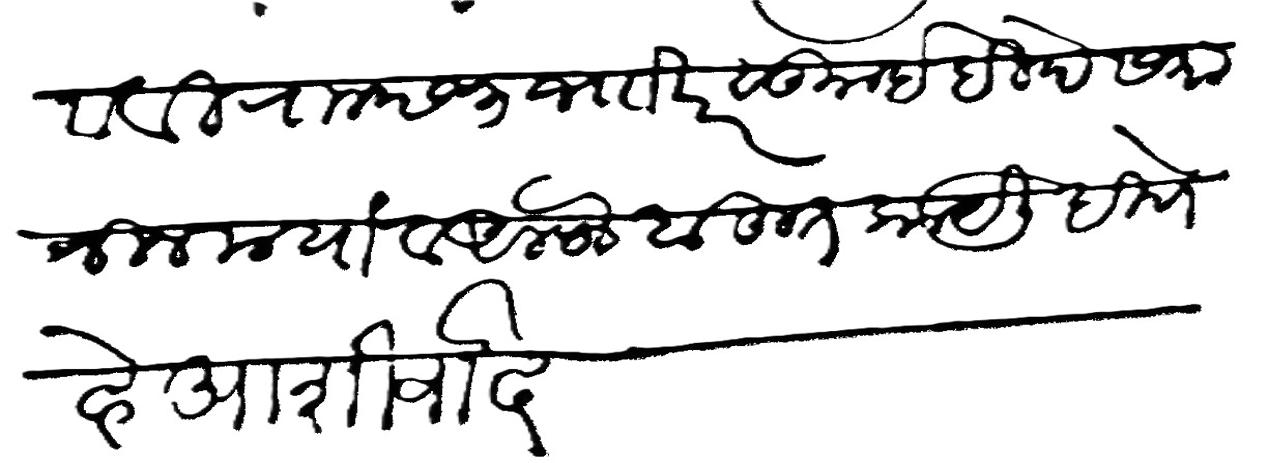
Transliteration (Devanagari): करावावी राा छ ३ जााखर सुग इहिदे समानीन मया व अलफ बहुत काये लिहिणे हे आशीर्वाद